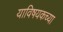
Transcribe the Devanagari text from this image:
याविषयकच्या